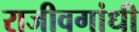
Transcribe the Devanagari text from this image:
राजीवगांधी